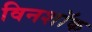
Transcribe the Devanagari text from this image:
विनशॉक